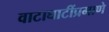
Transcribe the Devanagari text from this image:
वाटाघाटींप्रमाणे